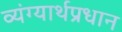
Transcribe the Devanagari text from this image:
व्यंग्यार्थप्रधान